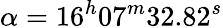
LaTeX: \alpha=16^{h}07^{m}32.82^{s}